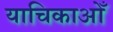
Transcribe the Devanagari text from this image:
याचिकाओँ